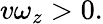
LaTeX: v\omega_{z}>0.